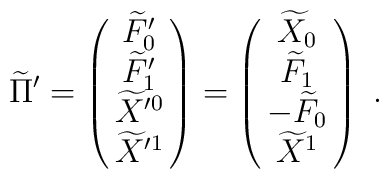
\widetilde\Pi' = \pmatrix{\widetilde F_0'\cr \widetilde F_1'\cr\widetilde X'^0\cr \widetilde X'^1\cr} = \pmatrix{\widetilde X_0\cr \widetilde F_1\cr -\widetilde F_0 \cr\widetilde X^1\cr}\ .